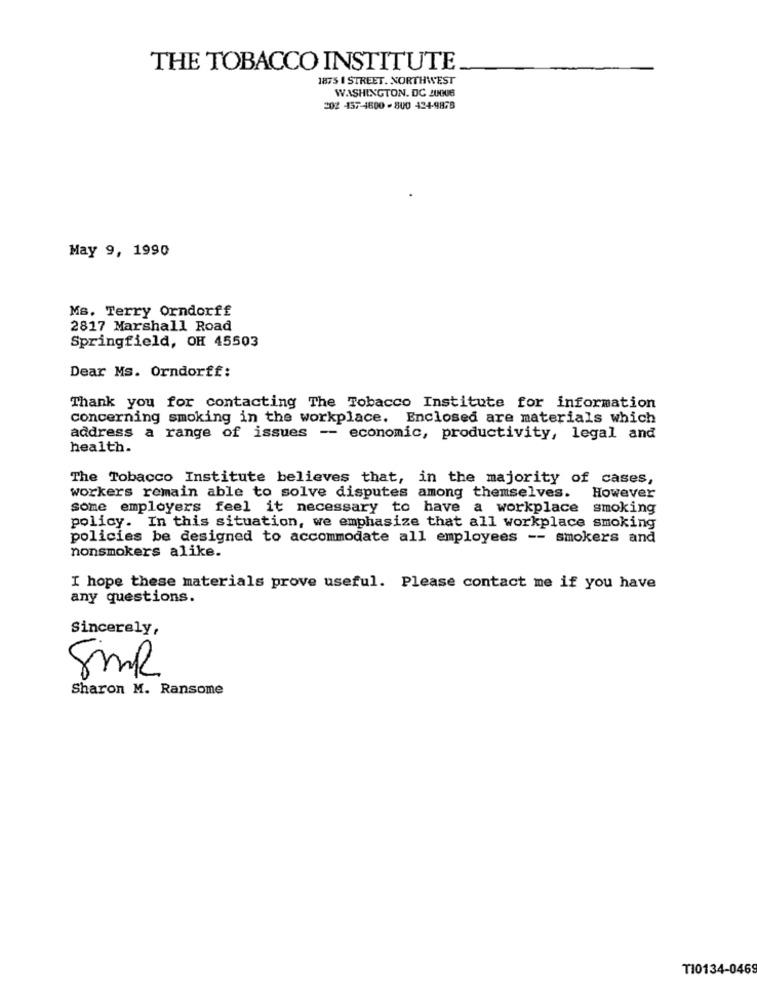
THE TOBACCO INSTITUTE
1875 I STREET. NORTHWEST
WASHINGTON, DC JU006
202 457-4800 - 800 424-9878
May 9, 1990
Ms. Terry Orndorff
2817 Marshall Road
Springfield, OH 45503
Dear Ms. Orndorff:
Thank you for contacting The Tobacco Institute for information
concerning smoking in the workplace. Enclosed are materials which
address a range of issues -- economic, productivity, legal and
health.
The Tobacco Institute believes that, in the majority of cases,
workers remain able to solve disputes among themselves. However
some employers feel it necessary to have a workplace smoking
policy. In this situation, we emphasize that all workplace smoking
policies be designed to accommodate all employees -- smokers and
nonsmokers alike.
I hope these materials prove useful. Please contact me if you have
any questions.
Sincerely,
SMR
Sharon M. Ransome
TI0134-0469